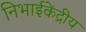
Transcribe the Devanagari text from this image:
निभाईकेंद्रीय